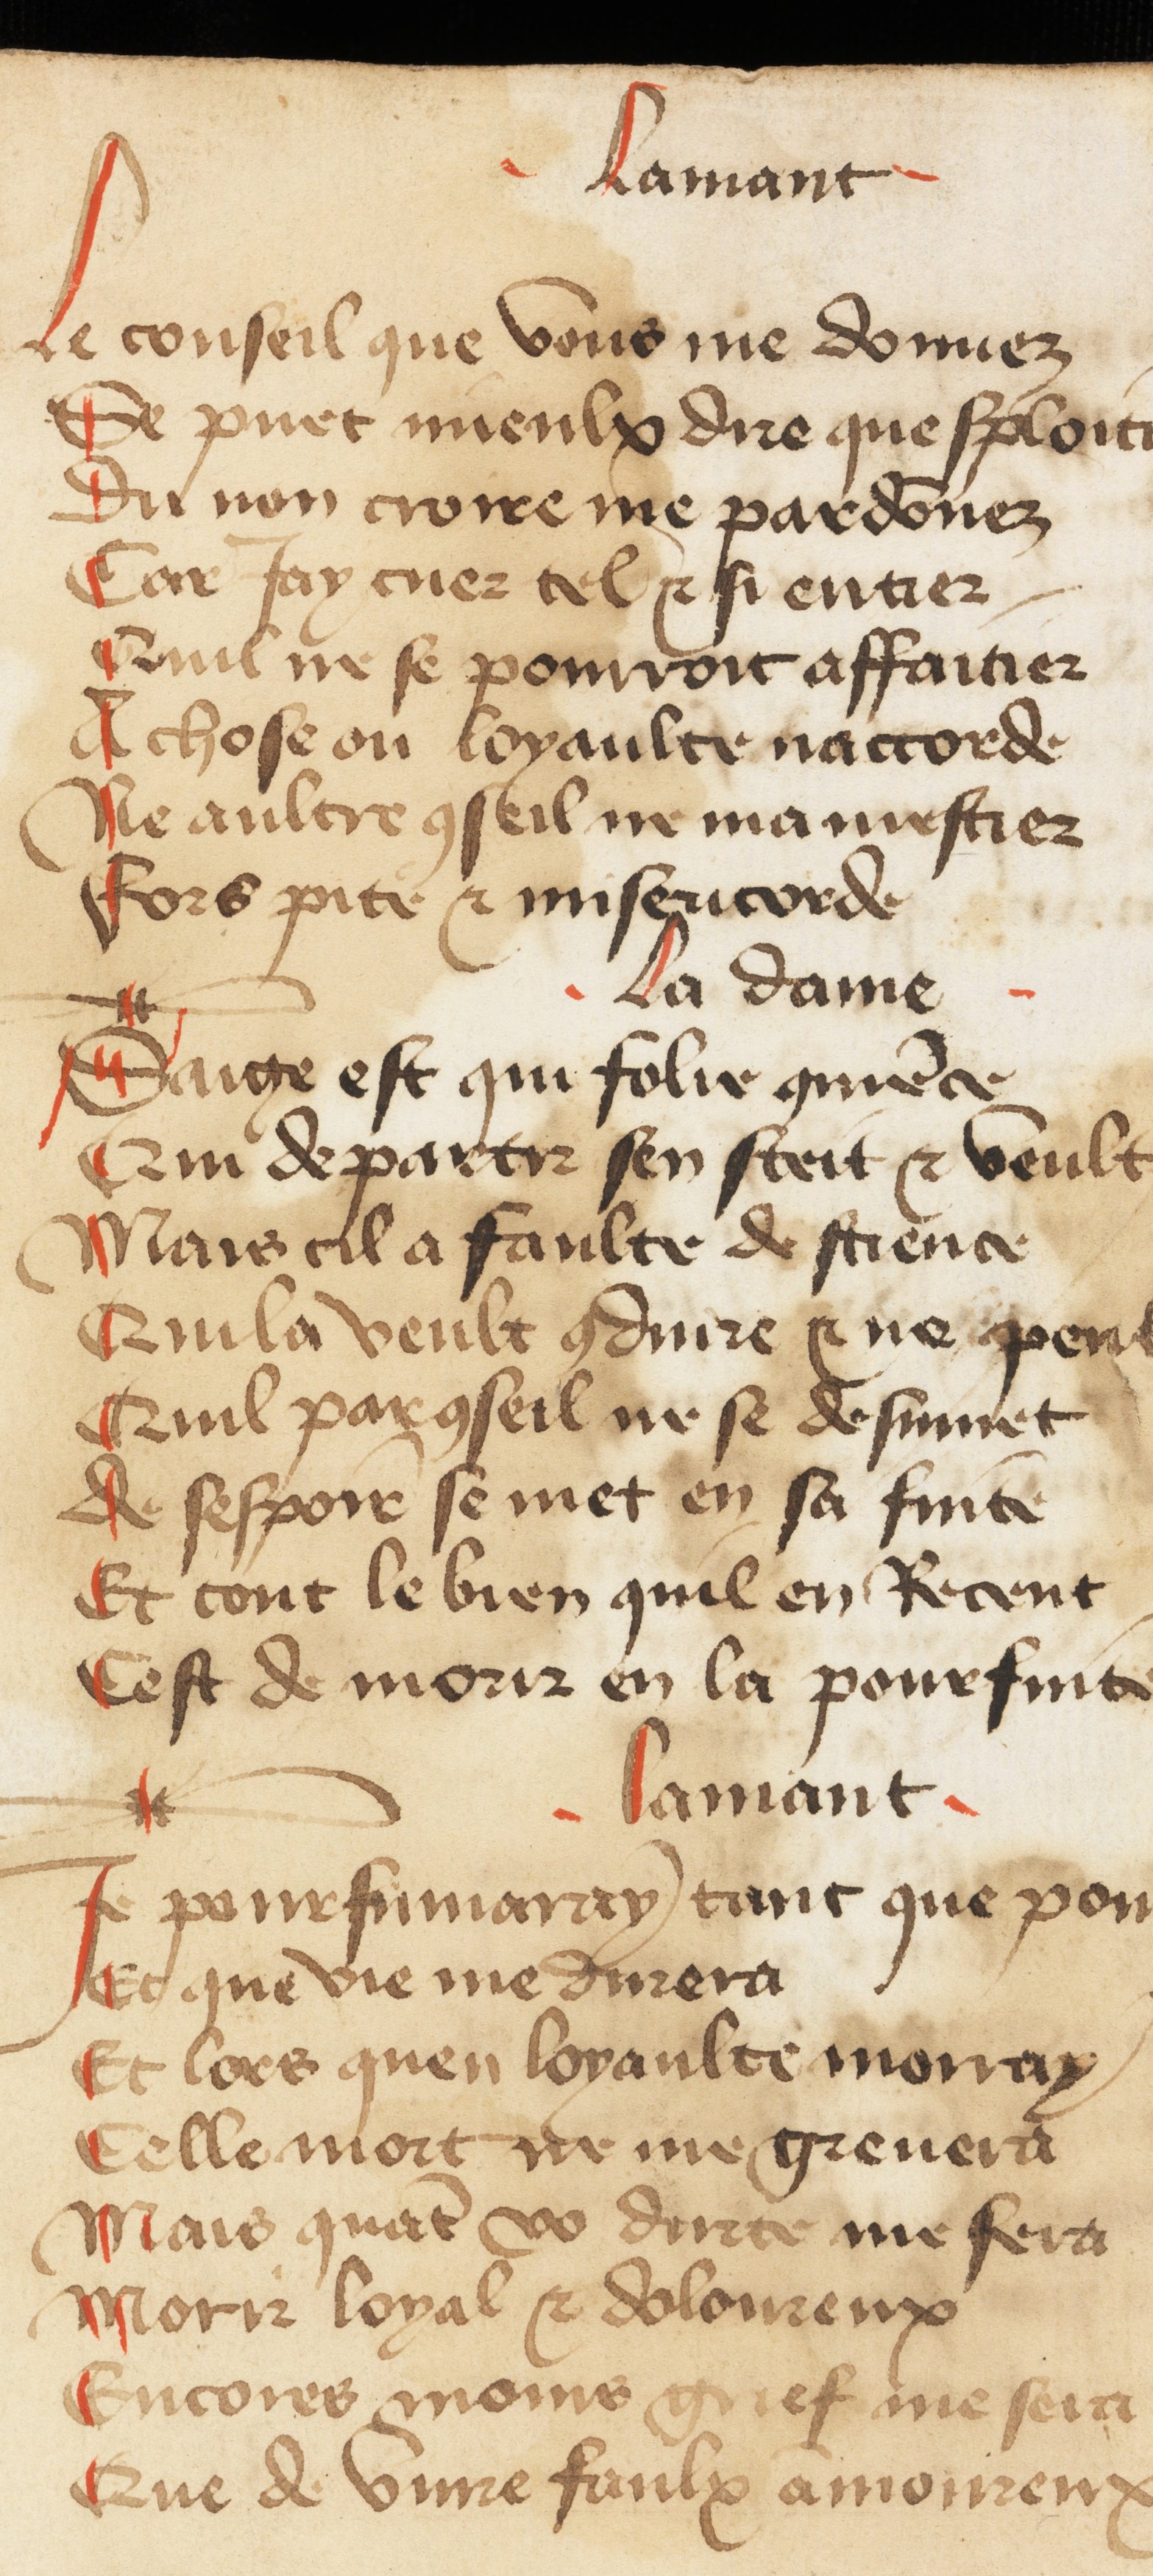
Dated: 1400–1449